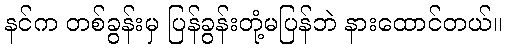
နင်က တစ်ခွန်းမှ ပြန်ခွန်းတုံ့မပြန်ဘဲ နားထောင်တယ်။